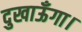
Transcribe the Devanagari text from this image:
दुखाऊँगा।